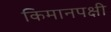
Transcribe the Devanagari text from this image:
किमानपक्षी